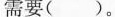
需要( )。